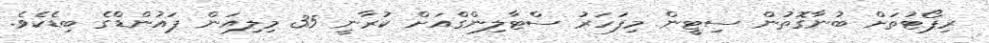
ރިޕޯޓުތަށް ބުނާގޮތުން ސިޓީން މިފަހަރު ސްޓާލިންގްއަށް ކުރާނީ 35 މިލިއަން ޕައުންޑްގެ ބިޑެކެވެ.